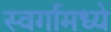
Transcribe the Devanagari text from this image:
स्वर्गामध्ये